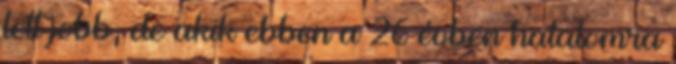
lett jobb, de akik ebben a 26 évben hatalomra